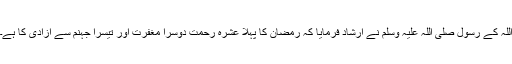
اللہ کے رسول صلی اللہ علیہ وسلم نے ارشاد فرمایا کہ رمضان کا پہلا عشرہ رحمت دوسرا مغفرت اور تیسرا جہنم سے آزادی کا ہے۔